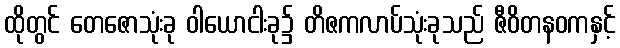
ထိုတွင် တေဇောသုံးခု ဝါယောငါးခု၌ တိဇကလာပ်သုံးခုသည် ဇီဝိတနဝကနှင့်